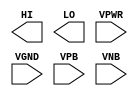
module sky130_fd_sc_hvl__conb (
    HI  ,
    LO  ,
    VPWR,
    VGND,
    VPB ,
    VNB
);

    output HI  ;
    output LO  ;
    input  VPWR;
    input  VGND;
    input  VPB ;
    input  VNB ;
endmodule